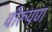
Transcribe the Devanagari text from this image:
वीरूपण